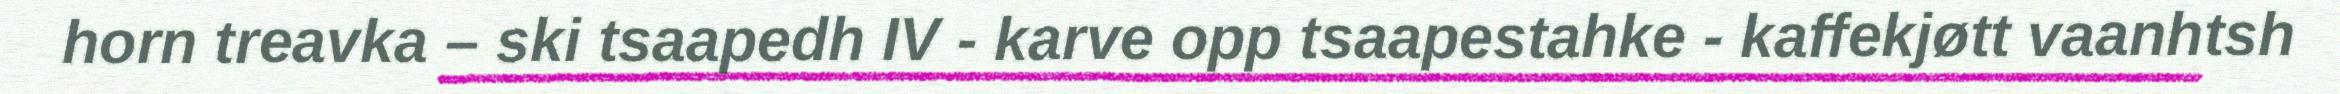
horn treavka – ski tsaapedh IV - karve opp tsaapestahke - kaffekjøtt vaanhtsh